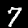
Label: 7